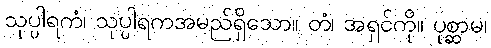
သုပ္ပါရကံ၊ သုပ္ပါရကအမည်ရှိသော။ တံ၊ အရှင်ကို။ ပုစ္ဆာမ၊